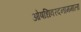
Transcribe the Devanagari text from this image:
ओषधिवरदनाममाला